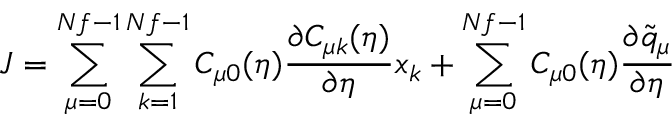
J = \sum _ { \mu = 0 } ^ { N f - 1 } \sum _ { k = 1 } ^ { N f - 1 } C _ { \mu 0 } ( \eta ) \frac { \partial C _ { \mu k } ( \eta ) } { \partial \eta } x _ { k } + \sum _ { \mu = 0 } ^ { N f - 1 } C _ { \mu 0 } ( \eta ) \frac { \partial \tilde { q } _ { \mu } } { \partial \eta }